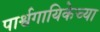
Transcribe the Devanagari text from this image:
पार्श्वगायिकेच्या